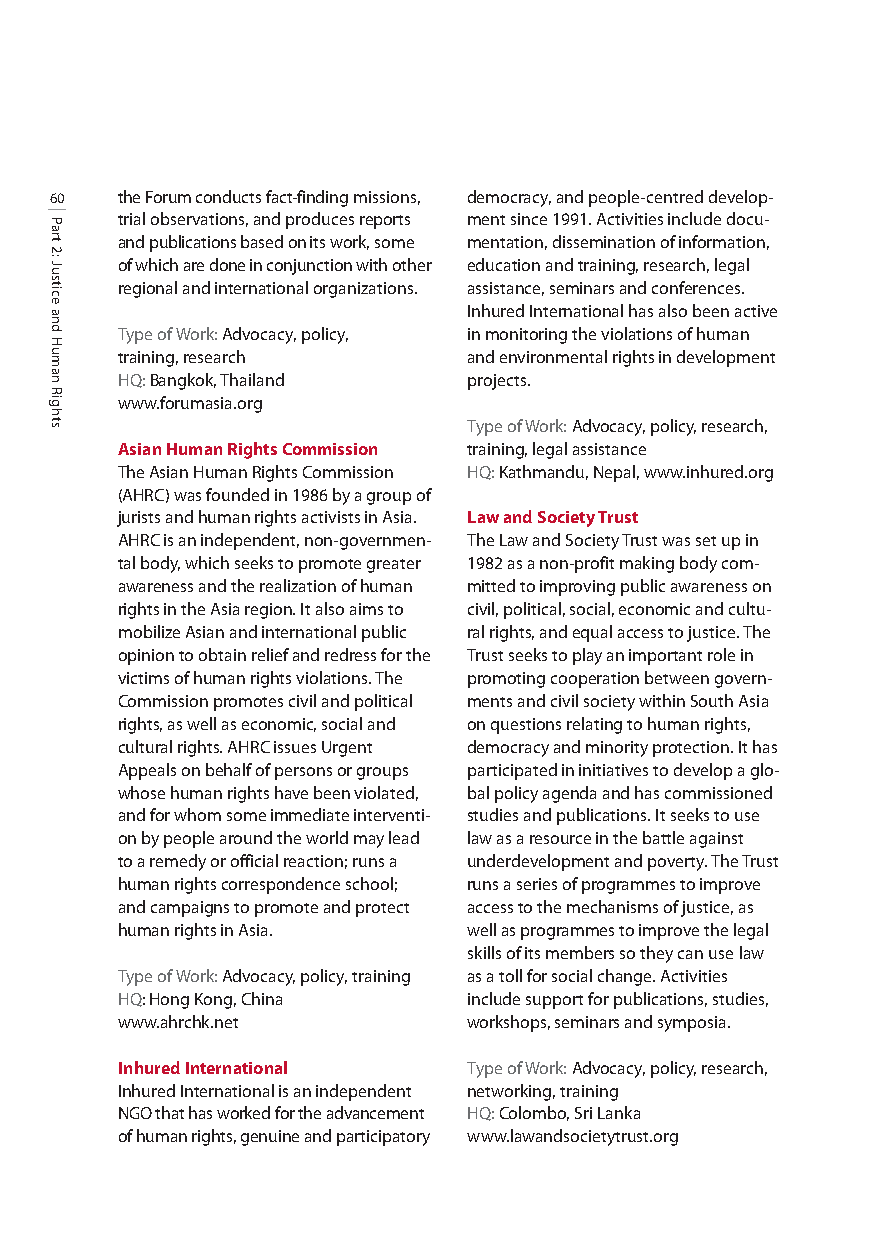
60   the Forum conducts fact-findingmissions, democracy, and people-centred develop-
 trial observations, and produces reports ment since 1991. Activities include docu-
 and publications based on its work, some mentation, dissemination of information,
 of which are done in conjunction with other education and training, research, legal
 regional and international organizations. assistance, seminars and conferences.
 Inhured International has also been active
 Type of Work: Advocacy, policy, in monitoring the violations of human
 training, research     and environmental rights in development
 HQ:Bangkok, Thailand   projects.
 www.forumasia.org
 Type of Work: Advocacy, policy, research,
 Asian Human Rights Commission training, legal assistance
 The Asian Human Rights Commission HQ:Kathmandu, Nepal, www.inhured.org
 (AHRC) was founded in 1986 by a group of
 jurists and human rights activists in Asia. Law and Society Trust
 AHRC is an independent, non-governmen- The Law and Society Trust was set up in
 tal body, which seeks to promote greater 1982 as a non-profit making body com-
 awareness and the realization of human mitted to improving public awareness on
 rights in the Asia region. It also aims to civil, political, social, economic and cultu-
 mobilize Asian and international public ral rights, and equal access to justice. The
 opinion to obtain relief and redress for the Trust seeks to play an important role in
 victims of human rights violations. The promoting cooperation between govern-
 Commission promotes civil and political ments and civil society within South Asia
 rights, as well as economic, social and on questions relating to human rights,
 cultural rights. AHRC issues Urgent democracy and minority protection. It has
 Appeals on behalf of persons or groups participated in initiatives to develop a glo-
 whose human rights have been violated, bal policy agenda and has commissioned
 and for whom some immediate interventi- studies and publications. It seeks to use
 on by people around the world may lead law as a resource in the battle against
 to a remedy or official reaction; runs a underdevelopment and poverty. The Trust
 human rights correspondence school; runs a series of programmes to improve
 and campaigns to promote and protect access to the mechanisms of justice, as
 human rights in Asia.  well as programmes to improve the legal
 skills of its members so they can use law
 Type of Work: Advocacy, policy, training as a toll for social change. Activities
 HQ: Hong Kong, China   include support for publications, studies,
 www.ahrchk.net         workshops, seminars and symposia.
 Inhured International  Type of Work: Advocacy, policy, research,
 Inhured International is an independent networking, training
 NGO that has worked for the advancement HQ:Colombo, Sri Lanka
 of human rights, genuine and participatory www.lawandsocietytrust.org
 Part
 2:
 Justice
 and
 Human
 Rights